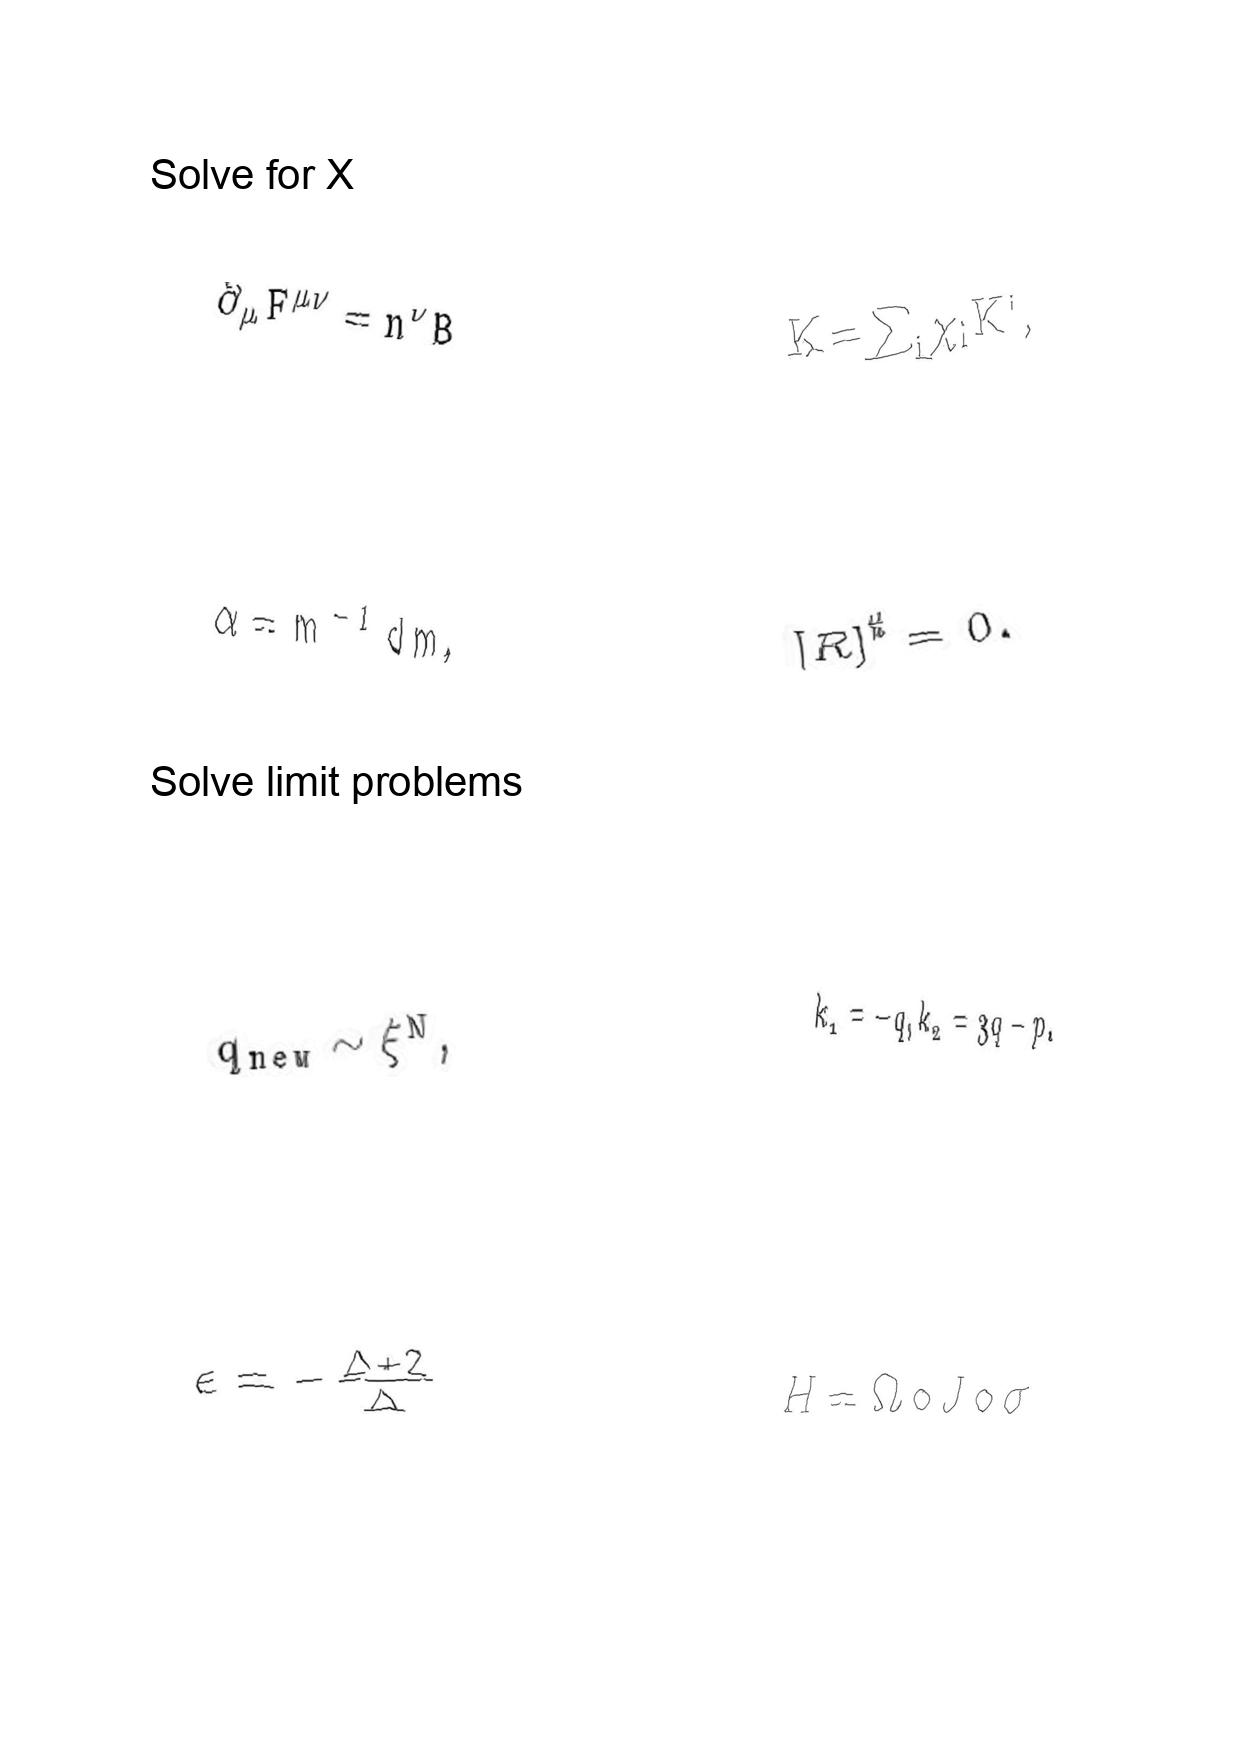
LaTeX transcription:
\partial _ { \mu } F ^ { \mu \nu } = n ^ { \nu } B
\alpha = m ^ { - 1 } d m ,
q _ { n e w } \sim \xi ^ { N } ,
\epsilon = - \frac { \Delta + 2 } { \Delta }
K = \sum _ { i } \chi _ { i } K ^ { i } ,
\lbrack R \rbrack ^ { \sharp } = 0 .
k _ { 1 } = - q , k _ { 2 } = 3 q - p .
H = \Omega \circ J \circ \sigma